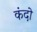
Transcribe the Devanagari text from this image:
कंदो